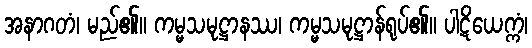
အနာဂတံ၊ မည်၏။ ကမ္မသမုဋ္ဌာနဿ၊ ကမ္မသမုဋ္ဌာန်ရုပ်၏။ ပါဋိယေက္ကံ၊